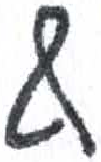
אות: ף